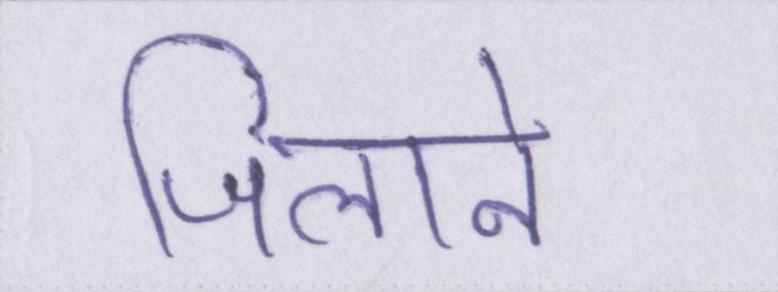
जिलाने